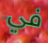
في